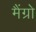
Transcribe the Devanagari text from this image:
मैंग्रो